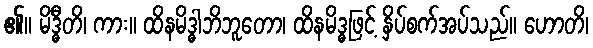
၏။ မိဒ္ဓီတိ၊ ကား။ ထိနမိဒ္ဓါဘိဘူတော၊ ထိနမိဒ္ဓဖြင့် နှိပ်စက်အပ်သည်။ ဟောတိ၊